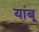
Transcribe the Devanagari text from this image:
यांबू